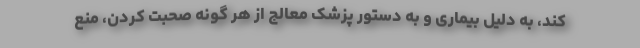
کند، به دلیل بیماری و به دستور پزشک معالج از هر گونه صحبت کردن، منع